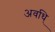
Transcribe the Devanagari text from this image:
अवधि्